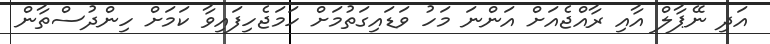
އަދި ނޭޕާލް އާއި ރާއްޖެއަށް އަންނަ މަހު ވަޑައިގަތުމަށް ހަމަޖެހިފައިވާ ކަމަށް ހިންދުސްތާން